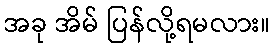
အခု အိမ် ပြန်လို့ရမလား။